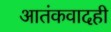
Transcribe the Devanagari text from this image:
आतंकवादही